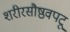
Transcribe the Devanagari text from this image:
शरीरसौष्ठवपटू